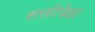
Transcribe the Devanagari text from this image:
शक्तीपेक्षा